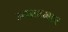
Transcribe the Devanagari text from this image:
म्‍यानमार